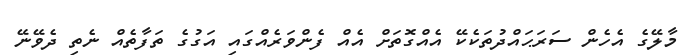
މާލޭގެ އެހެން ސަރަޙައްދުތަކެކޭ އެއްގޮތަށް އެއް ފެންވަރެއްގައި އަގުގެ ތަފާތެއް ނެތި ދެވޭނޭ